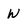
Character: W